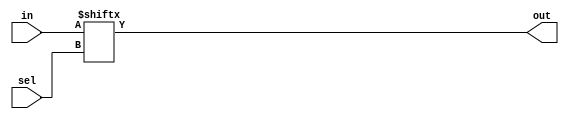
`timescale 1ns / 1ps
//////////////////////////////////////////////////////////////////////////////////
// Company: 
// Engineer: 
// 
// Design Name: 
// Module Name: Mux16X1B
// Project Name: 
// Target Devices: 
// Tool Versions: 
// Description: 
// 
// Dependencies: 
// 
// Revision:
// Revision 0.01 - File Created
// Additional Comments:
// 
//////////////////////////////////////////////////////////////////////////////////


module Mux16X1B(out,in,sel);

input [15:0] in;
input [3:0] sel;
output out;

assign out = in[sel];

endmodule